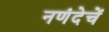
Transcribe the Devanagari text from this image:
नणंदेचें